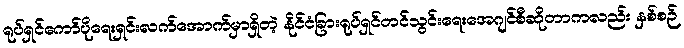
ရုပ်ရှင်ကော်ပိုရေးရှင်းလက်အောက်မှာရှိတဲ့ နိုင်ငံခြားရုပ်ရှင်တင်သွင်းရေးအေဂျင်စီဆိုတာကလည်း နှစ်စဉ်